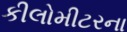
કીલોમીટરના